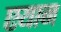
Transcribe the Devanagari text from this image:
एयान